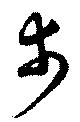
市